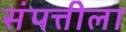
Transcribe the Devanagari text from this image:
संपत्तीला